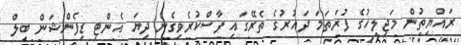
ރައްޔިތުން މަޖިލީހުގެ ފުރަތަމަ ދައުރުގެ ތެރޭގައި ފާސްކުރެވިގެން ދިޔަ އެންޓި ޑިފެންޝަން ބިލް